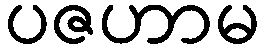
ပဇဟာမ